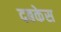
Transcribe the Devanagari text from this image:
दबकेस